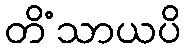
တိံသာယပိ